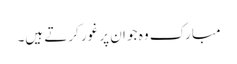
مبارک وہ جو ان پر غور کرتے ہیں۔